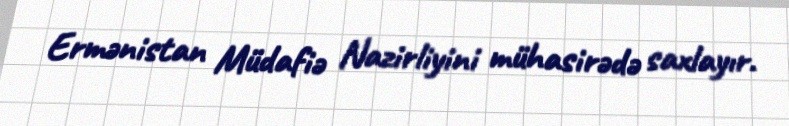
Ermənistan Müdafiə Nazirliyini mühasirədə saxlayır.